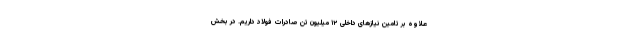
علاوه بر تامین نیازهای داخلی ۱۲ میلیون تن صادرات فولاد داریم. در بخش